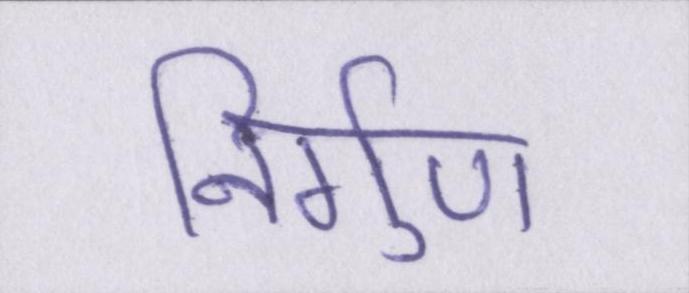
निर्गुण